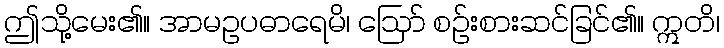
ဤသို့မေး၏။ အာမဥပဓာရေမိ၊ ဩော် စဉ်းစားဆင်ခြင်၏။ ဣတိ၊